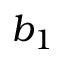
b _ { 1 }